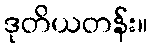
ဒုတိယတန်း။